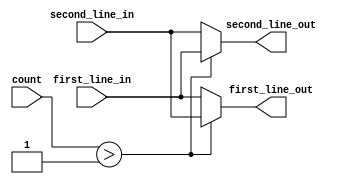
module switch2(
				input [3:0]count,
				input [31:0]first_line_in,
				input [31:0]second_line_in,
				output [31:0]first_line_out,
				output [31:0]second_line_out
				);
	
	assign first_line_out = (count > 1) ? second_line_in : first_line_in;
	assign second_line_out = (count > 1) ? first_line_in : second_line_in;

endmodule